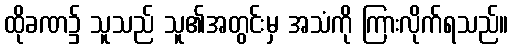
ထိုခဏ၌ သူသည် သူ၏အတွင်းမှ အသံကို ကြားလိုက်ရသည်။